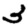
Digit: 3